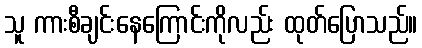
သူ ကားစီချင်းနေကြောင်းကိုလည်း ထုတ်ပြောသည်။